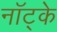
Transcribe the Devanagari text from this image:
नॉट्के